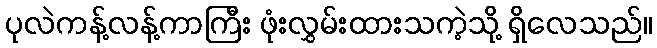
ပုလဲကန့်လန့်ကာကြီး ဖုံးလွှမ်းထားသကဲ့သို့ ရှိလေသည်။